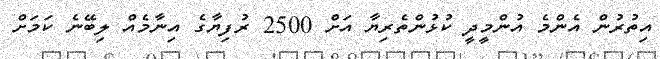
އިތުރުން އެންމެ އުންމީދީ ކުޅުންތެރިޔާ އަށް 2500 ރުފިޔާގެ އިނާމެއް ލިބޭނެ ކަމަށް